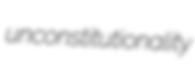
unconstitutionality